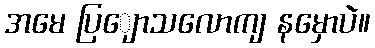
အမေ ပြျောသလောကျ နမှောပဲ။